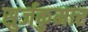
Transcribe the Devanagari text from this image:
सुर्जकुमार